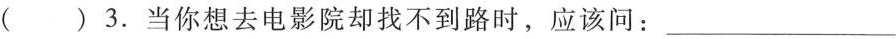
( ) 3. 当你想去电影院却找不到路时,应该问：___